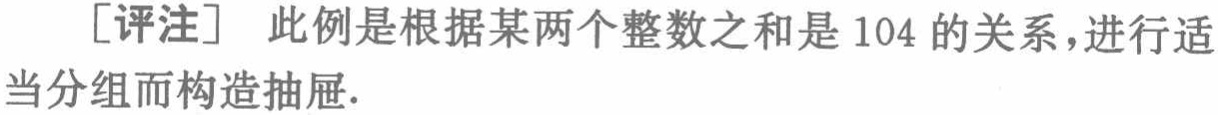
[评注] 此例是根据某两个整数之和是 104 的关系，进行适当分组而构造抽屉.